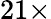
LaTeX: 21\times